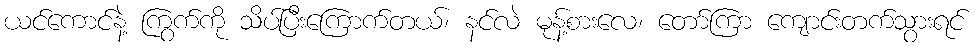
ယင်ကောင်နဲ့ ကြွက်ကို သိပ်ပြီးကြောက်တယ်၊ နင်လဲ မုန့်စားလေ၊ တော်ကြာ ကျောင်းတက်သွားရင်